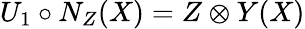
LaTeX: U_{1}\circ N_{Z}(X)=Z\otimes Y(X)